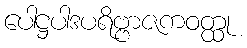
ပေါဋ္ဌပါဒပရိဗ္ဗာဇကဝတ္ထု